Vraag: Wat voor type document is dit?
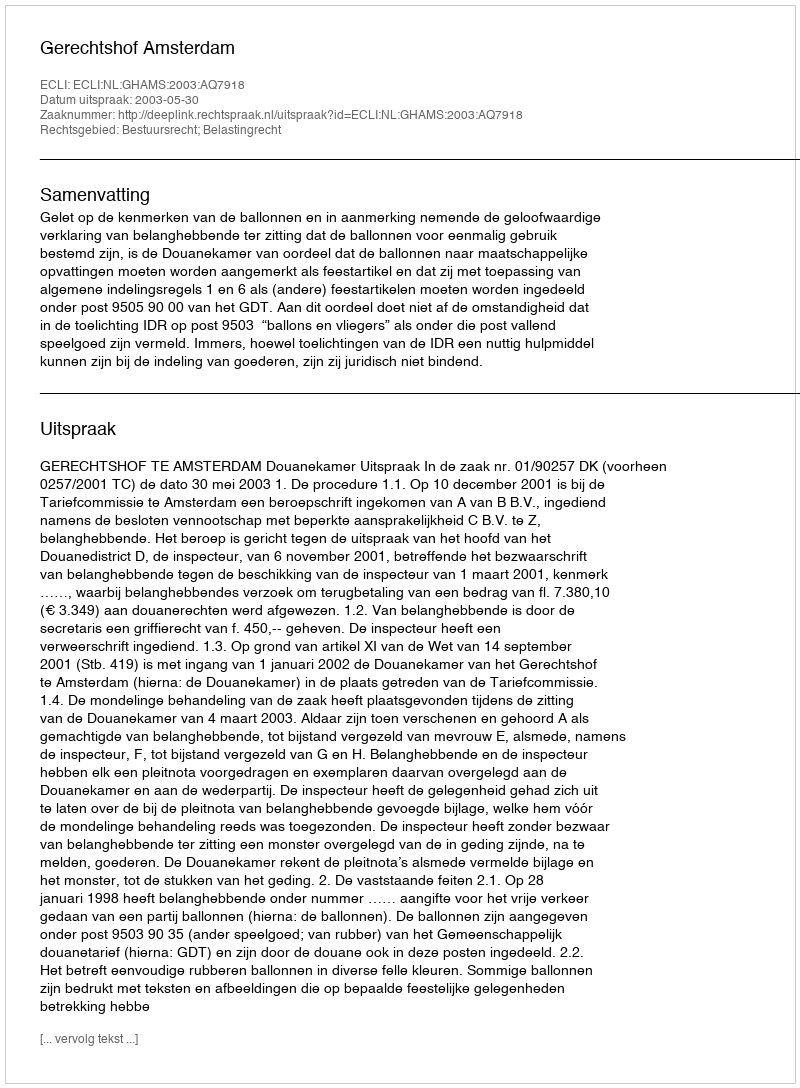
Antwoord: Uitspraak